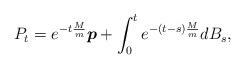
LaTeX: \begin{align*} P_t = e^{-t\frac{M}{m}}\boldsymbol p+\int_0^te^{-(t-s)\frac{M}{m}}dB_s, \end{align*}